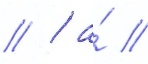
// / а́ //